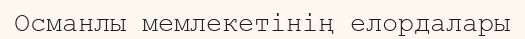
Османлы мемлекетінің елордалары